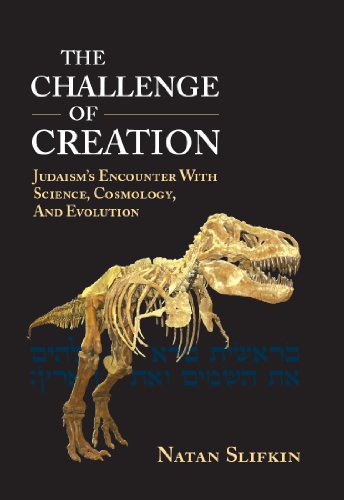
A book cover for The Challenge of Creation: Judaism's Encounter with Science, Cosmology, and Evolution; Natan Slifkin; Religion & Spirituality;